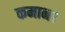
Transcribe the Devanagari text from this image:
कमान।